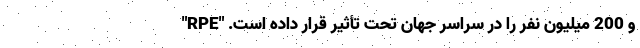
و 200 میلیون نفر را در سراسر جهان تحت تأثیر قرار داده است. "RPE"